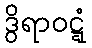
ဒွိရာဝဋ္ဋံ